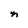
Character: n